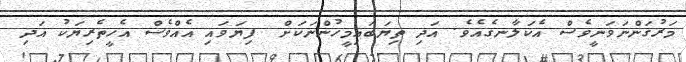
މަރުގަންނަވަނީވެސް އެކަލާނގެއެވެ. އަދި ތިޔަބައިމީހުންނަކަށް  ފިޔަވައި އެއްވެސް އެހީތެރިޔަކު އަދި